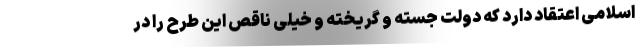
اسلامی اعتقاد دارد که دولت جسته و گریخته و خیلی ناقص این طرح را در